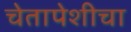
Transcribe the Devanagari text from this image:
चेतापेशीचा